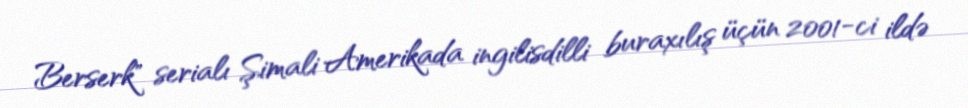
Berserk" serialı Şimali Amerikada ingilisdilli buraxılış üçün 2001-ci ildə